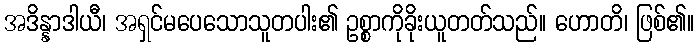
အဒိန္နာဒါယီ၊ အရှင်မပေသောသူတပါး၏ ဥစ္စာကိုခိုးယူတတ်သည်။ ဟောတိ၊ ဖြစ်၏။